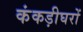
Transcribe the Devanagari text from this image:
कंकड़ीघरों